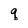
Character: q